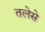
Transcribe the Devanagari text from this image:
तलेसे